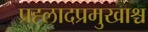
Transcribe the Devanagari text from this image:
प्रह्लादप्रमुखाश्च